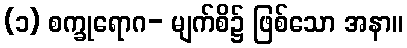
(၁) စက္ခုရောဂ- မျက်စိ၌ ဖြစ်သော အနာ။